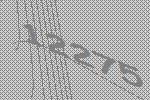
12275